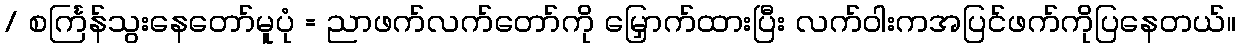
/ စင်္ကြန်သွးနေတော်မူပုံ = ညာဖက်လက်တော်ကို မြှောက်ထားပြီး လက်ဝါးကအပြင်ဖက်ကိုပြနေတယ်။